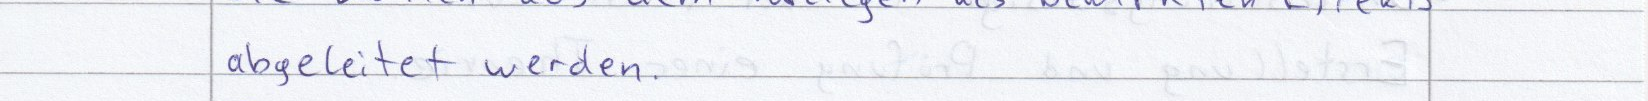
abgeleitet werden.